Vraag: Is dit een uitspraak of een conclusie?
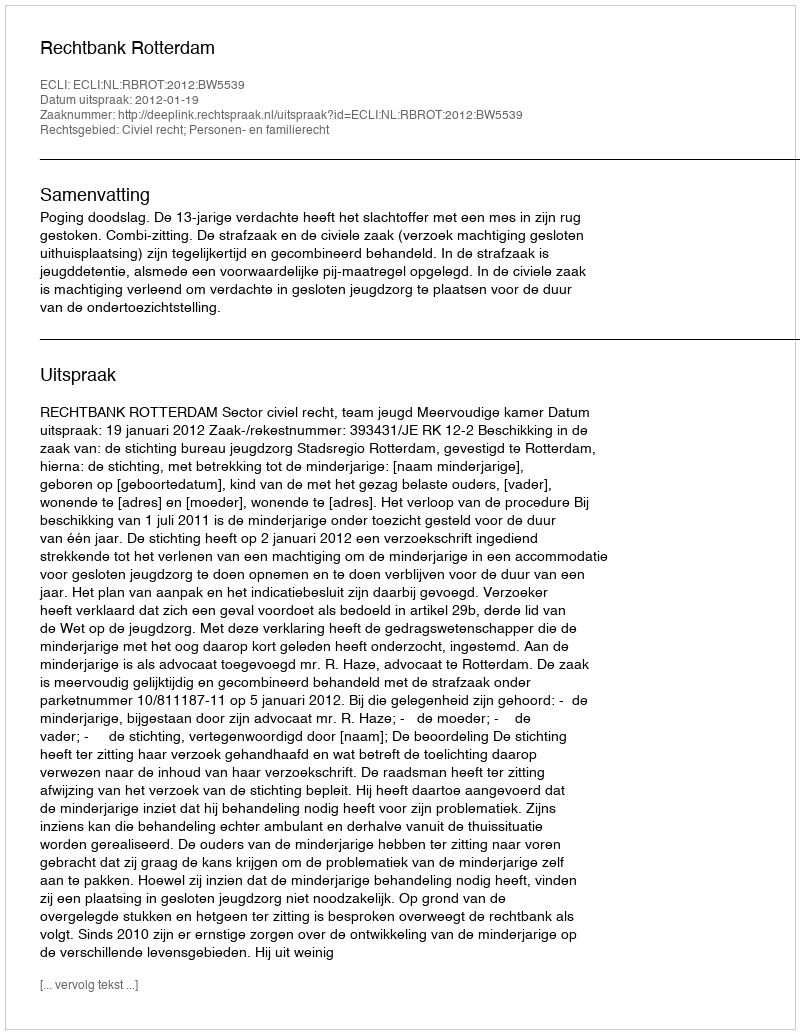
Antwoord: Uitspraak